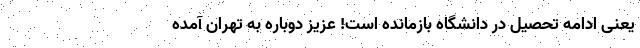
یعنی ادامه تحصیل در دانشگاه بازمانده است! عزیز دوباره به تهران آمده